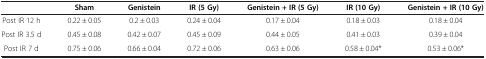
|  | Sham | Genistein | IR (5 Gy) | Genistein + IR (5 Gy) | IR (10 Gy) | Genistein + IR (10 Gy) |
 | --- | --- | --- | --- | --- | --- | --- |
 | Post IR 12 h | 0.22 ± 0.05 | 0.2 ± 0.03 | 0.24 ± 0.04 | 0.17 ± 0.04 | 0.18 ± 0.03 | 0.18 ± 0.04 |
 | Post IR 3.5 d | 0.45 ± 0.08 | 0.42 ± 0.07 | 0.45 ± 0.09 | 0.44 ± 0.05 | 0.41 ± 0.03 | 0.39 ± 0.04 |
 | Post IR 7 d | 0.75 ± 0.06 | 0.66 ± 0.04 | 0.72 ± 0.06 | 0.63 ± 0.06 | 0.58 ± 0.04* | 0.53 ± 0.06* |